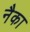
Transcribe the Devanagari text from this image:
नैका